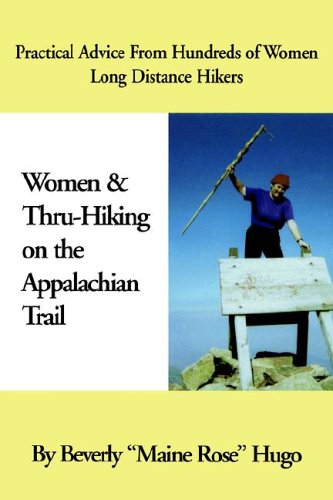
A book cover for Women & Thru-Hiking on the Appalachian Trail; Beverly Hugo; Sports & Outdoors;